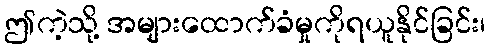
ဤကဲ့သို့ အများထောက်ခံမှုကိုရယူနိုင်ခြင်း၊